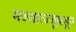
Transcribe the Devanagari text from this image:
मज्जारज्जूकडून